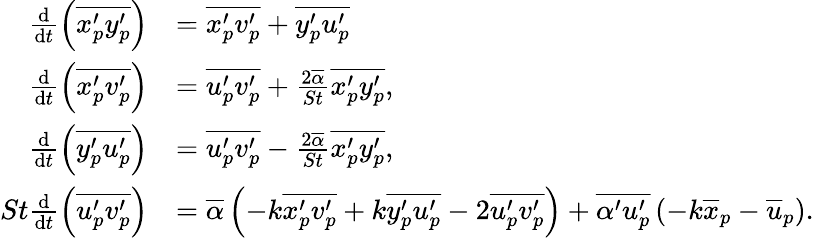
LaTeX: \begin{array}{rl}{\frac{\mathrm{d}}{\mathrm{d}t}\left(\overline{{{x_{p}^{\prime}}{y_{p}^{\prime}}}}\right)}&{=\overline{{{x_{p}^{\prime}}{v_{p}^{\prime}}}}+\overline{{{y_{p}^{\prime}}{u_{p}^{\prime}}}}}\\ {\frac{\mathrm{d}}{\mathrm{d}t}\left(\overline{{{x_{p}^{\prime}}{v_{p}^{\prime}}}}\right)}&{=\overline{{{u_{p}^{\prime}}{v_{p}^{\prime}}}}+\frac{2\overline{{\alpha}}}{St}\overline{{{x_{p}^{\prime}}{y_{p}^{\prime}}}},}\\ {\frac{\mathrm{d}}{\mathrm{d}t}\left(\overline{{{y_{p}^{\prime}}{u_{p}^{\prime}}}}\right)}&{=\overline{{{u_{p}^{\prime}}{v_{p}^{\prime}}}}-\frac{2\overline{{\alpha}}}{St}\overline{{{x_{p}^{\prime}}{y_{p}^{\prime}}}},}\\ {St\frac{\mathrm{d}}{\mathrm{d}t}\left(\overline{{{u_{p}^{\prime}}{v_{p}^{\prime}}}}\right)}&{=\overline{{\alpha}}\left(-k\overline{{x_{p}^{\prime}v_{p}^{\prime}}}+k\overline{{y_{p}^{\prime}u_{p}^{\prime}}}-2\overline{{u_{p}^{\prime}v_{p}^{\prime}}}\right)+\overline{{\alpha^{\prime}u_{p}^{\prime}}}\left(-k\overline{{x}}_{p}-\overline{{u}}_{p}\right).}\end{array}